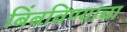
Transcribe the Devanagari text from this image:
बिंबविण्याचा